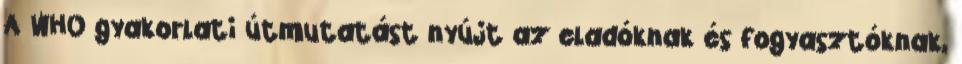
A WHO gyakorlati útmutatást nyújt az eladóknak és fogyasztóknak,